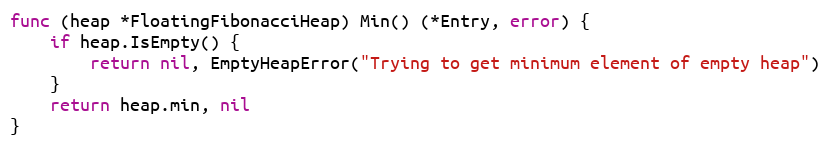
Language: Go
func (heap *FloatingFibonacciHeap) Min() (*Entry, error) {
	if heap.IsEmpty() {
		return nil, EmptyHeapError("Trying to get minimum element of empty heap")
	}
	return heap.min, nil
}